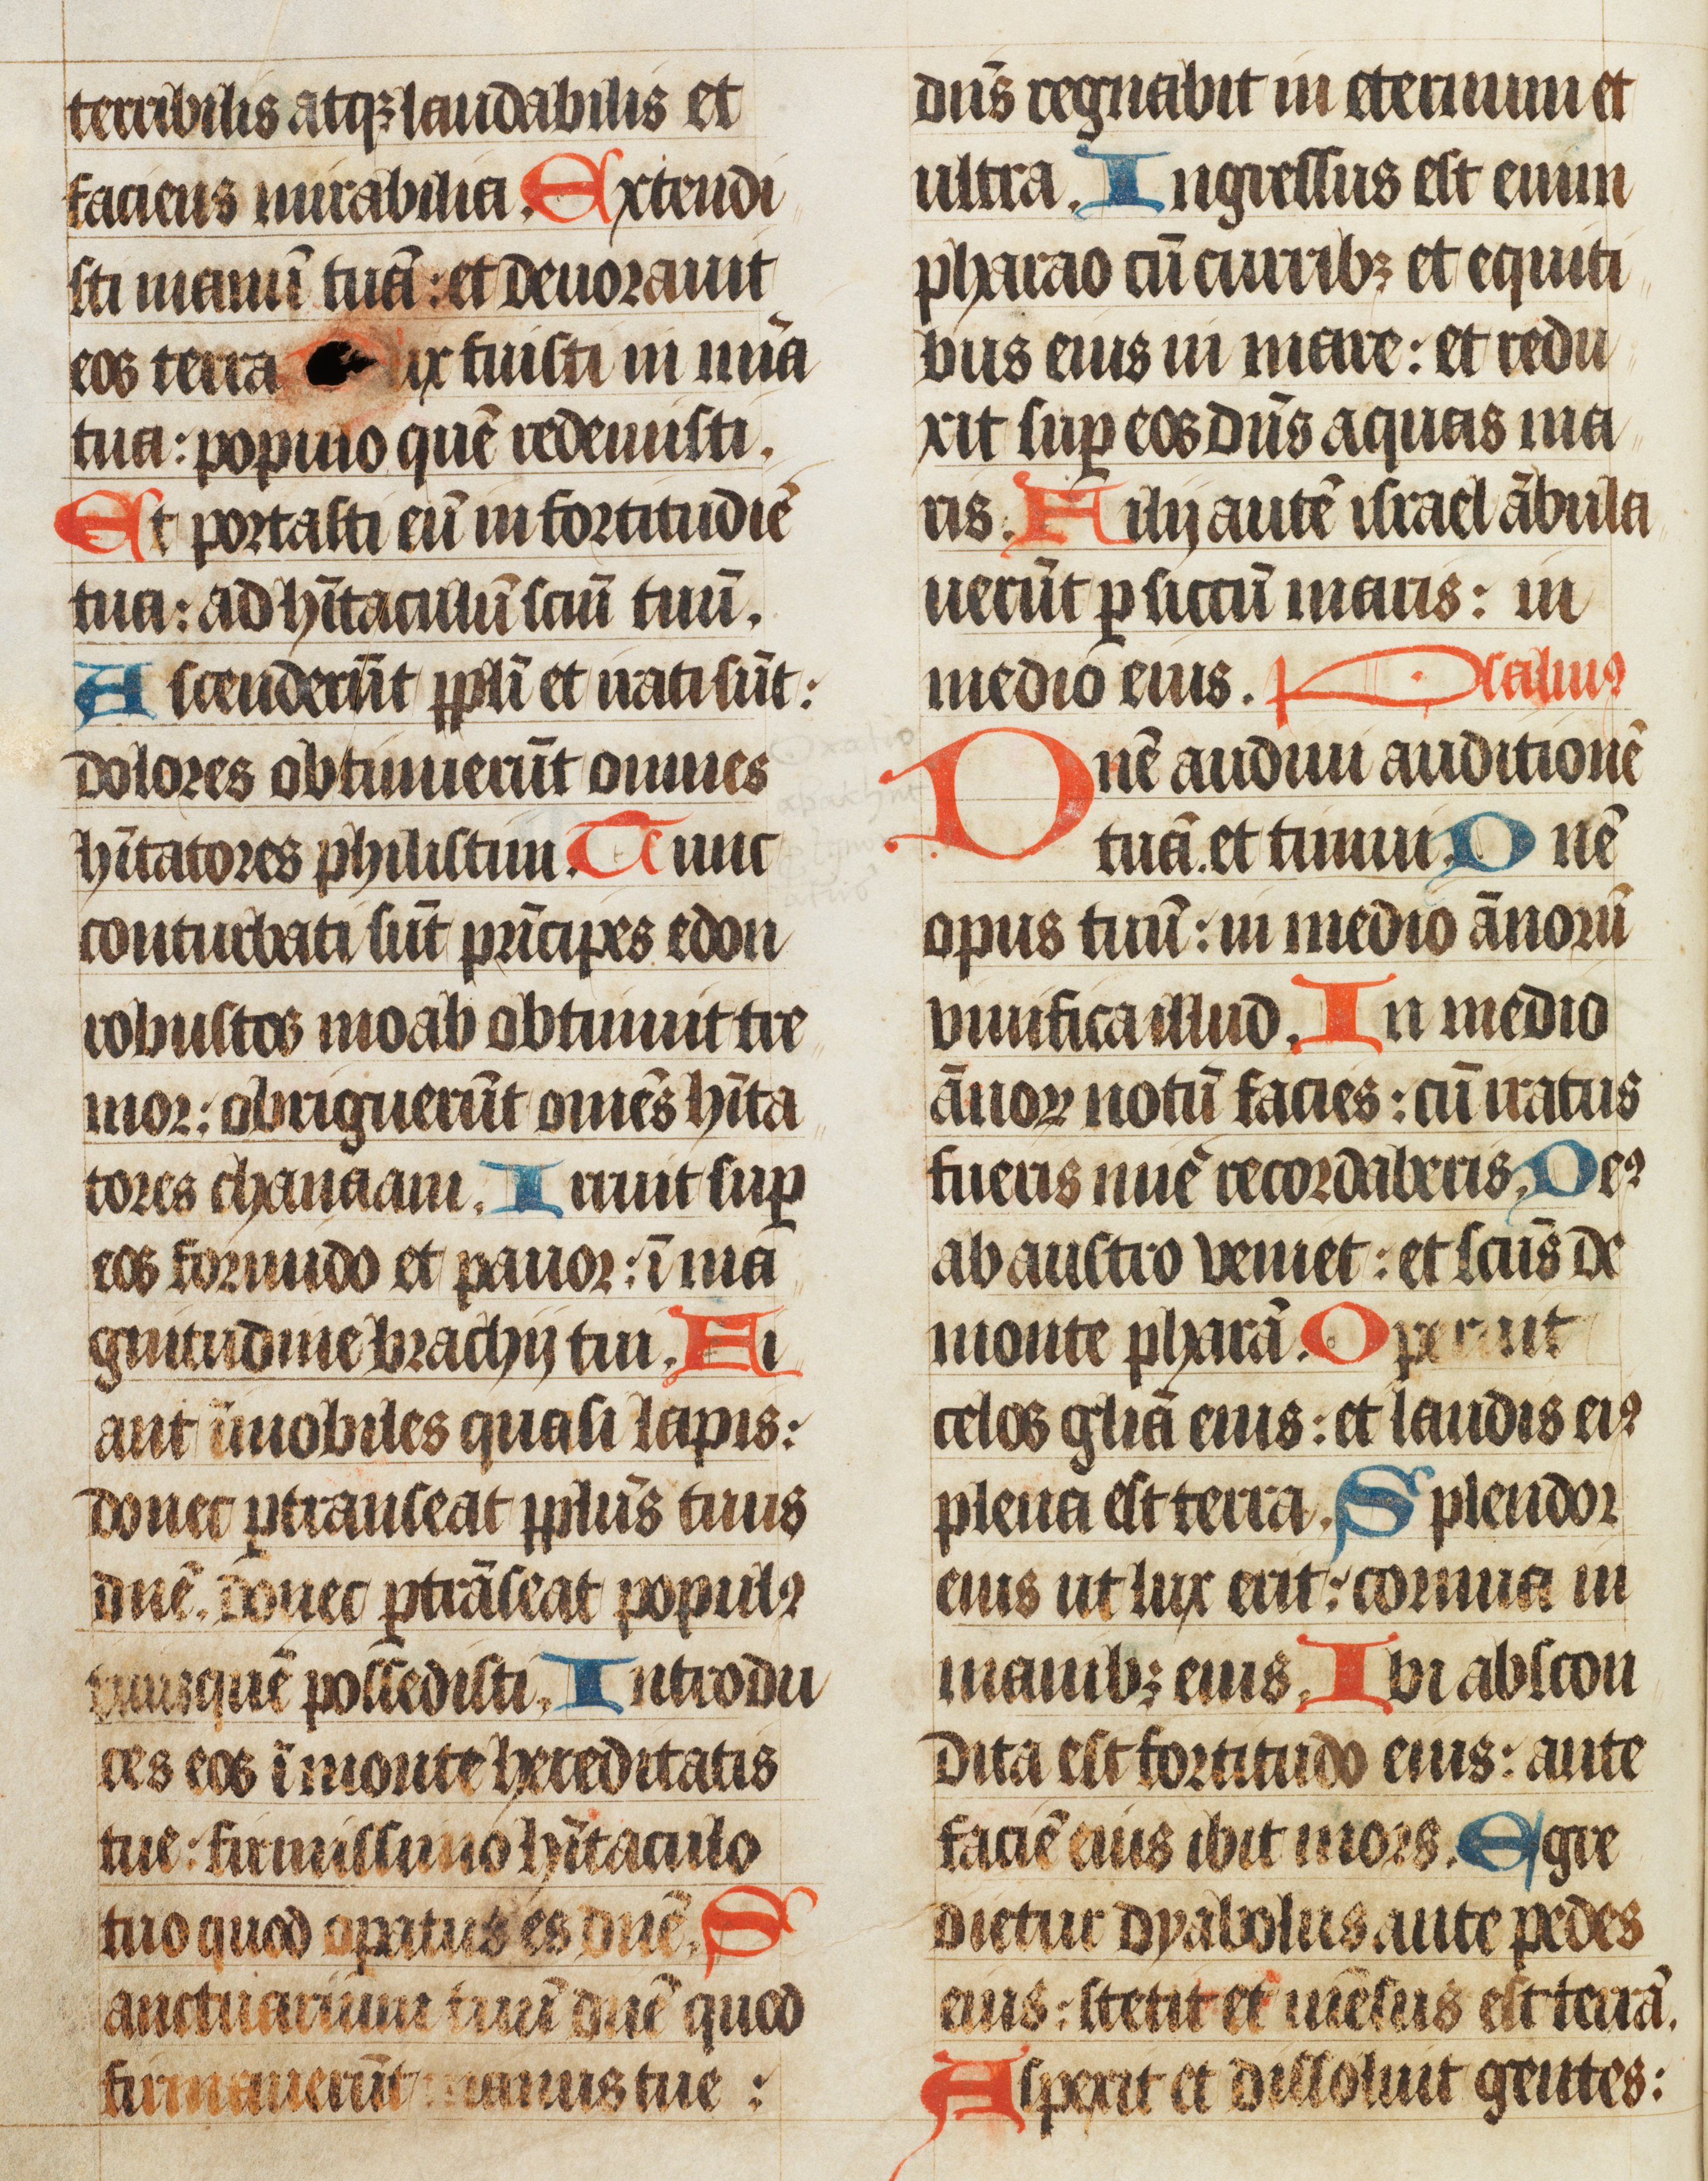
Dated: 1450–1499